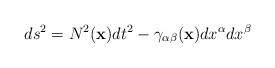
LaTeX: \begin{align*}ds^2 = N^2({\bf x}) dt^2 - \gamma_{\alpha\beta}({\bf x})dx^\alpha dx^\beta\end{align*}